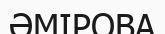
ӘМІРОВА